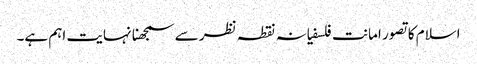
اسلام کا تصور امانت فلسفیانہ نقطہ نظر سے سمجھنا نہایت اہم ہے۔